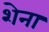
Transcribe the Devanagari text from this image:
शेना